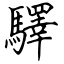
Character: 驛